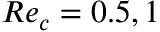
R e _ { c } = 0 . 5 , 1